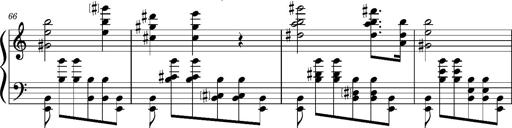
Title: PrÃ©ludes et Harmonies poÃ©tiques et religieuses
Composer: Franz Liszt